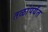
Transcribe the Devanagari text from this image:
तळांपर्यंत